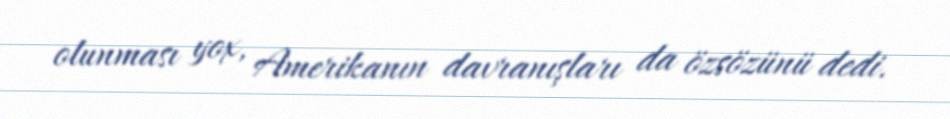
olunması yox, Amerikanın davranışları da özsözünü dedi.